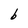
Character: b